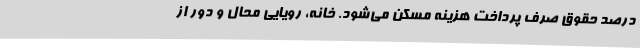
درصد حقوق صرف پرداخت هزینه مسکن می‌شود. خانه، رویایی محال و دور از